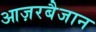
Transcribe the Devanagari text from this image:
आज़रबैजान